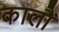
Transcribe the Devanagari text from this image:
कालौं